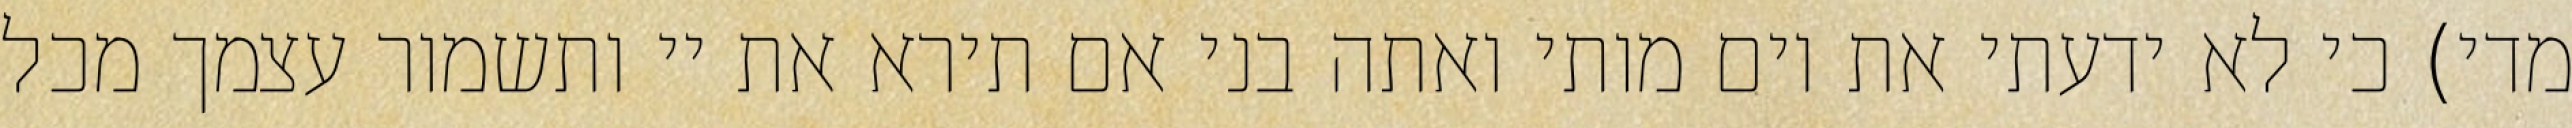
מדי) כי לא ידעתי את יום מותי ואתה בני אם תירא את יי ותשמור עצמך מכל